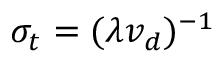
\sigma _ { t } = ( \lambda v _ { d } ) ^ { - 1 }